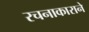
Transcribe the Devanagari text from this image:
रचनाकाराने